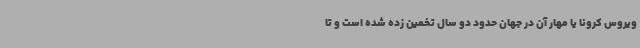
ویروس کرونا یا مهار آن در جهان حدود دو سال تخمین زده شده است و تا